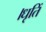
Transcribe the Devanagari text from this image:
।धृतिं